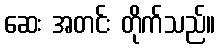
ဆေး အတင်း တိုက်သည်။